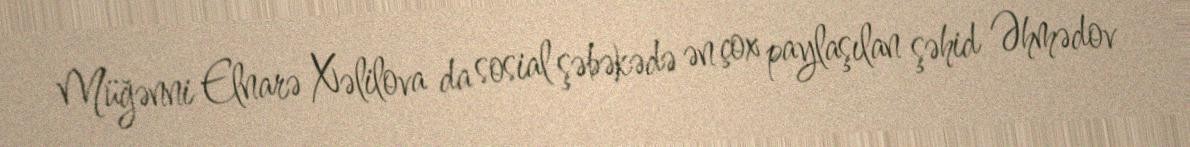
Müğənni Elnarə Xəlilova da sosial şəbəkədə ən çox paylaşılan şəhid Əhmədov